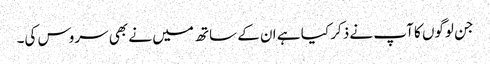
جن لوگوں کا آپ نے ذکر کیا ہے ان کے ساتھ میں نے بھی سروس کی۔